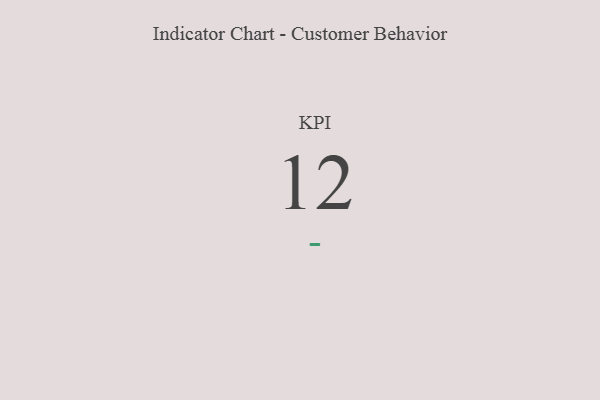
{"axis": {"x": "KPI", "y": "Value"}, "legend": [""], "data": [{"x": "KPI", "y": 12, "type": ""}]}